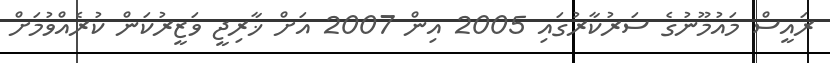
ރައީސް މައުމޫނުގެ ސަރުކާރުގައި 2005 އިން 2007 އަށް ޚާރިޖީ ވަޒީރުކަން ކުރެއްވުމަށް